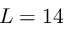
L = 1 4